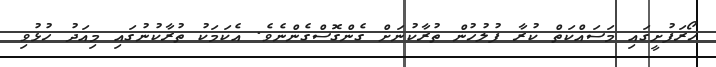
ހޯރަފުށީގައި މަސައްކަތް ކުރާ ފުލުހުން ތުރާކުނަށް ގެންގޮސްގެންނެވެ. އެކަމަކު ތުރާކުނުގައި މިއަދު ހުޅުވި